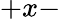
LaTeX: +x-